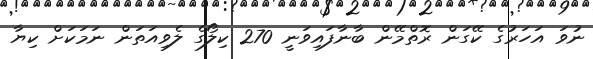
ނުވަ އަހަރުގެ ކޭގަން ރޮތްމޭން ބާނާފައިވަނީ 270 ކިލޯގެ ލެވިއަތަން ނަމަކަށް ކިޔާ